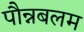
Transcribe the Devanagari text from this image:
पौन्नबलम